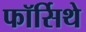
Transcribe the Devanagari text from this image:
फॉर्सिथे